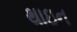
થાઇન